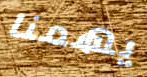
يهمنا